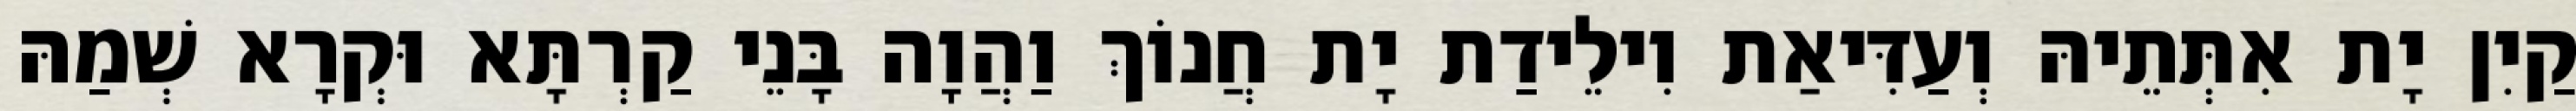
קַיִן יָת אִתְּתֵיהּ וְעַדִּיאַת וִילֵידַת יָת חֲנוֹךְ וַהֲוָה בָּנֵי קַרְתָּא וּקְרָא שְׁמַהּ